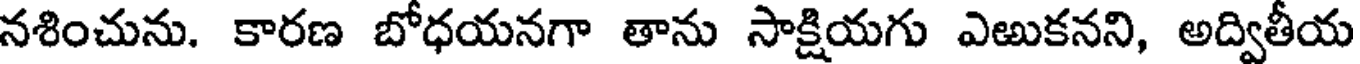
నశించును. కారణ బోధయనగా తాను సాక్షియగు ఎఱుకనని, అద్వితీయ